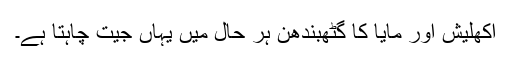
اکھلیش اور مایا کا گٹھبندھن ہر حال میں یہاں جیت چاہتا ہے۔